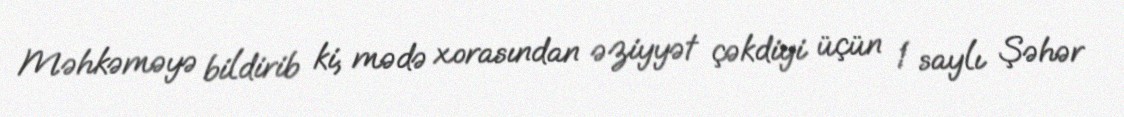
Məhkəməyə bildirib ki, mədə xorasından əziyyət çəkdiyi üçün 1 saylı Şəhər